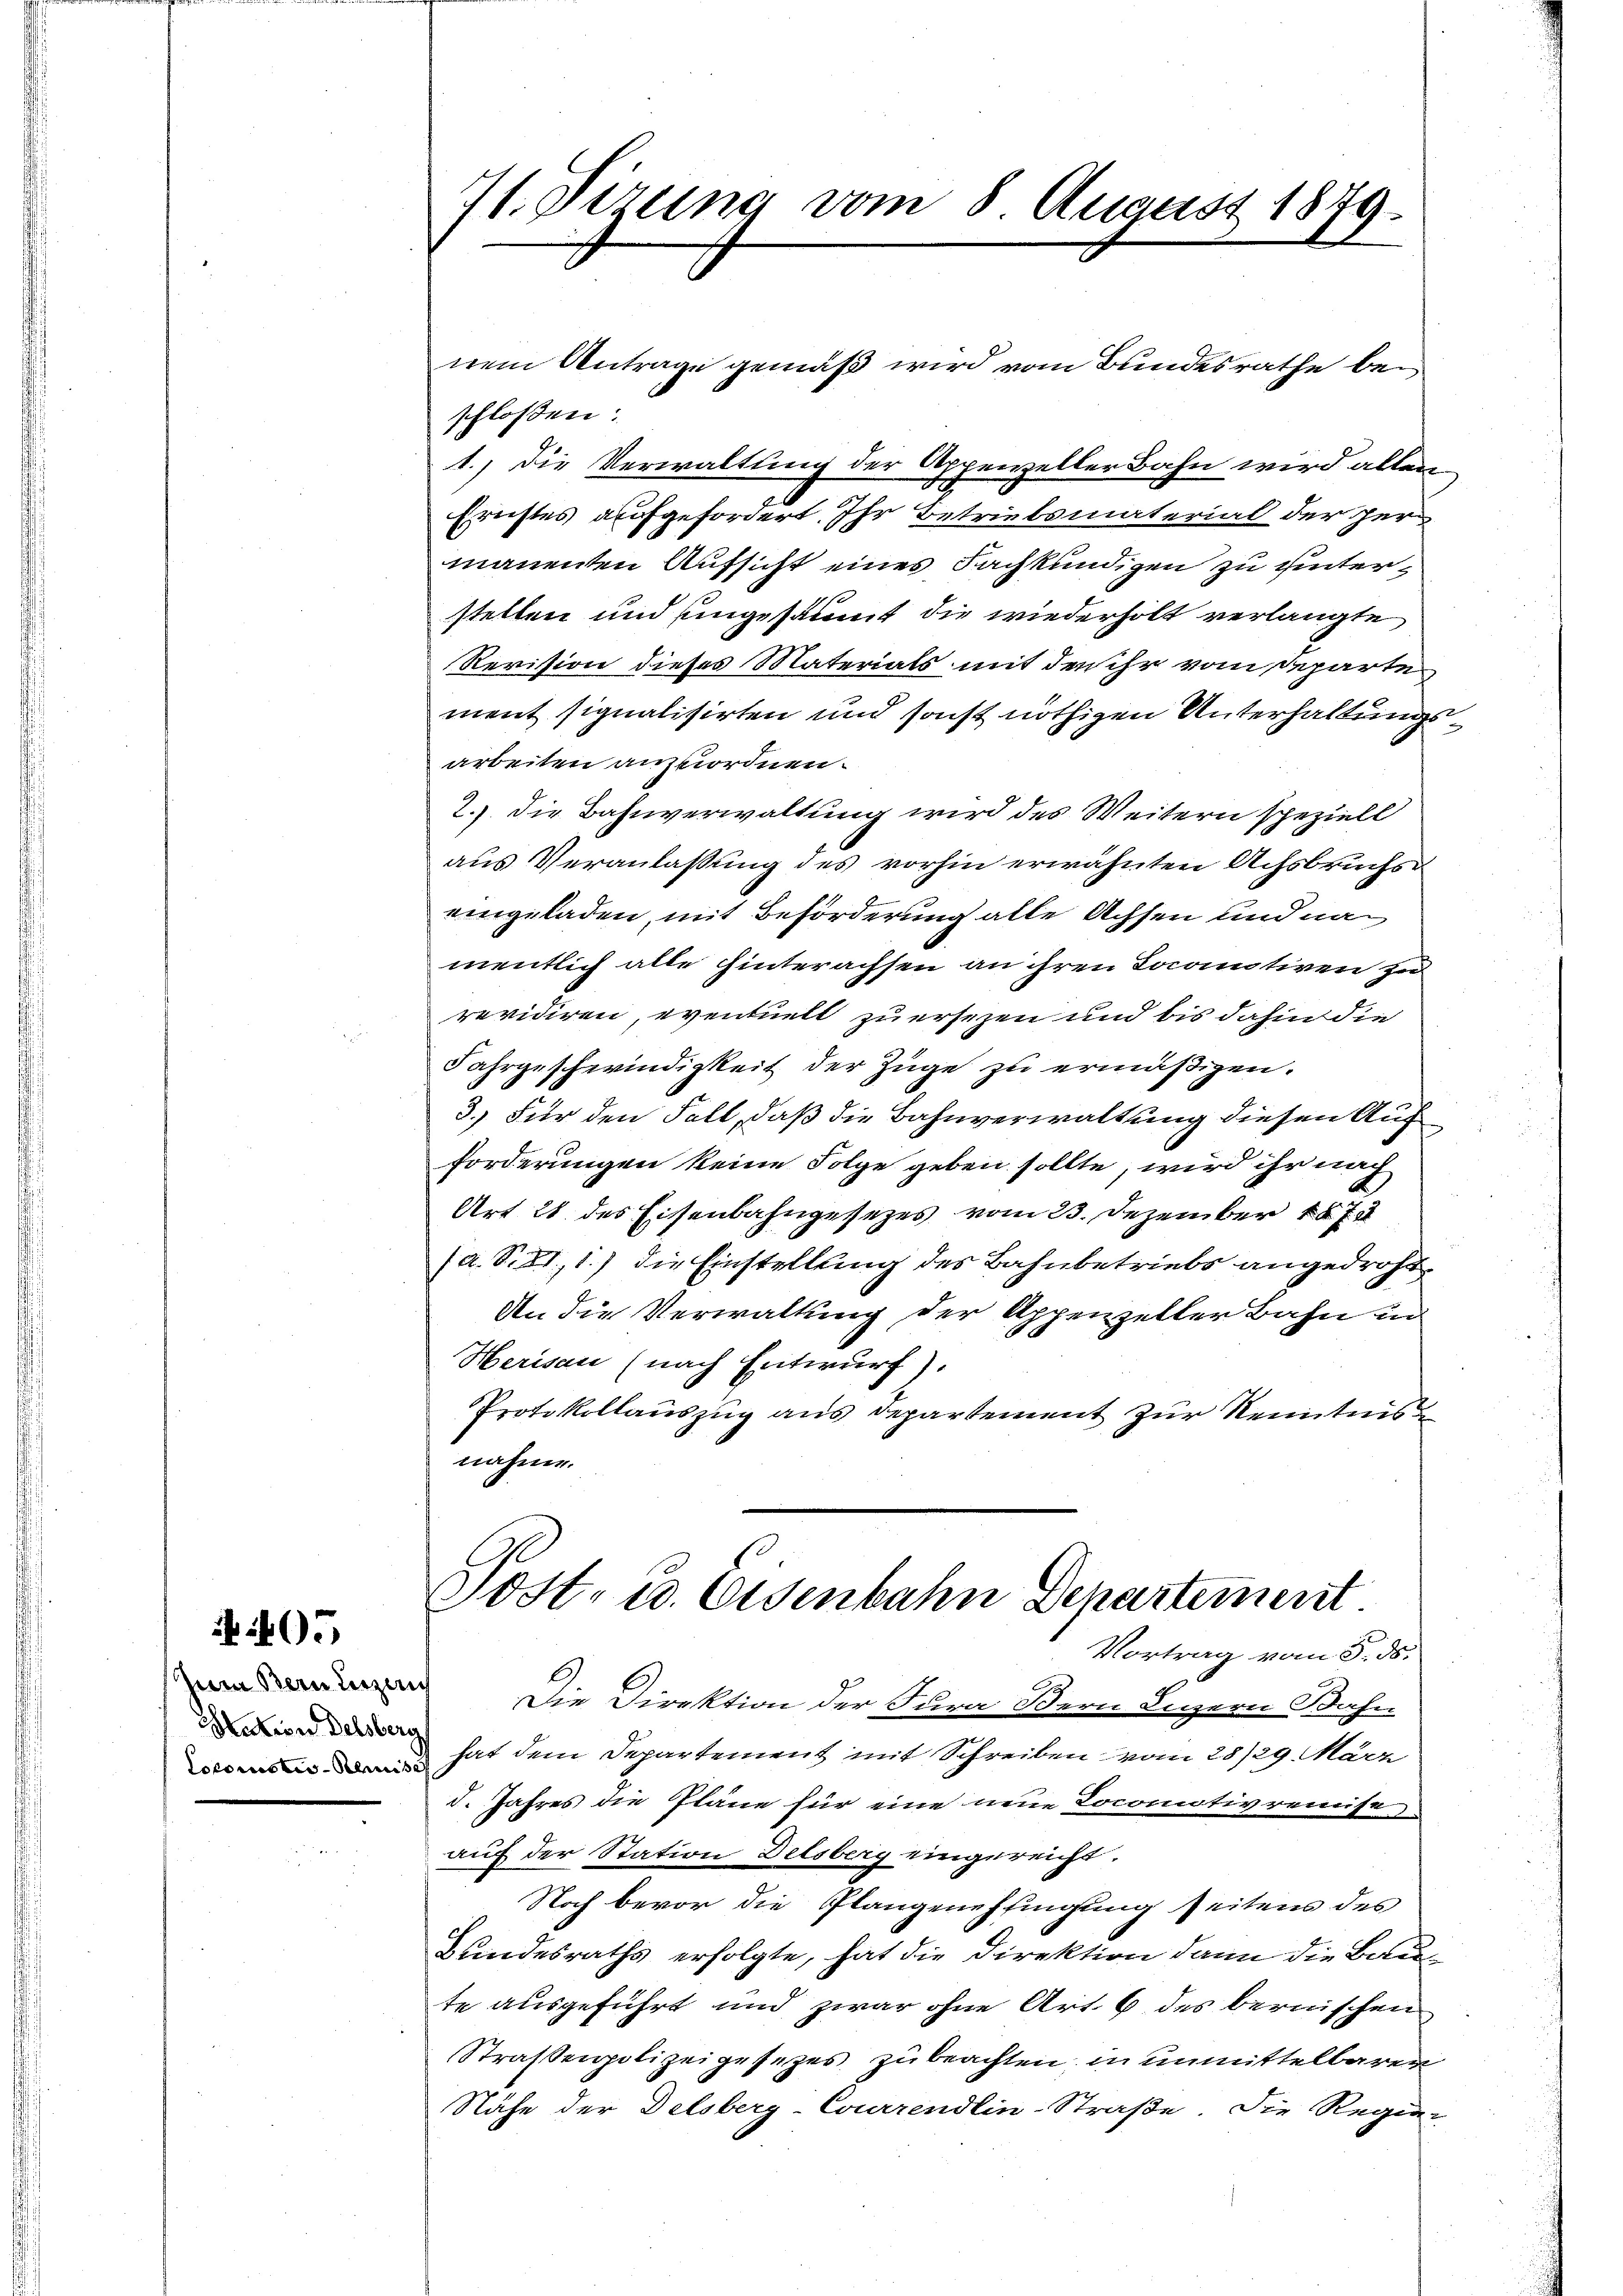
405

Zum Bern Luze
Nation Delsberg

71. Sizung vom 8 August 1879.

nem Antrage gemäß wird vom Bundesrathe bei
schlossen:
1.) Die Verwaltung der Appeweller Bahn wird allen
Ernstes aufgefordert. Ihr Betriebsmaterial der permanenten Aufsicht eines Fachkundigen zu unterstellen und ungesamt die wiederholt verlangte
Revision dieses Materials mit den ihr vom Departe
ment signalisirten und sonst nöthigen Unterhaltungsarbeiten anzuordnen.
2.) Die Bahnverwaltung wird des Weitern speziell
aus Veranlassung des vorhin erwähnten Achsbruchs
eingeladen, mit Beförderung alle Achsen und namentlich alle hinterachsen an ihren Loconativen zu
revidiren, eventuell zu ersezen und bis dahin die
Jahrgeschwindigkeit der Züge zu ermäßigen.
3.) Für den Fall, daß die Bahnverwaltung diesen Auf
forderungen keine Folge geben sollte, wird ihr nach
Art 28 des Eisenbahngesetzes vom 23. Dezember 1878
(a. S. 81, 1.) die Einstellung des Bahnbetriebs angedroht.
An die Verwaltung der Appenzeller Bahn in
Herisau (nach Entwurf).
Protokollauszug aus Departement zur Kenntnis
nahme.

Post- u. Eisenbahn Departement
Vortrag vom 5. ds.

Die Direktion der Jura Bern Luzern Bahn
 hat dem Departement mit Schreiben vom 28/29. März
d. Jahres die Pläne für eine neue Locomotivreinist
auf der Station Delsberg eingereicht.
Noch bevor die Plangenehlingung seitens des
Bundesraths erfolgte, hat die Direktion dann die Baute ausgeführt und zwar ohne Art. 6 des bernischen
Straßenpolizeigesezes zu beachten, in unmittelbarer
Nähe der Delsberg-Courrendlin-Straße. Die Regie-